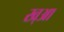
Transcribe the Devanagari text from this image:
ख्आ